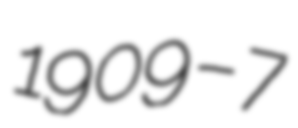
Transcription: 1909 – 7